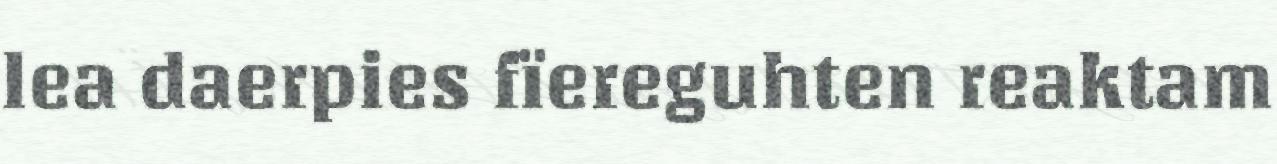
lea daerpies fïereguhten reaktam